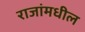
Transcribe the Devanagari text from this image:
राजांमधील